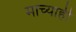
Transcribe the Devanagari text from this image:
माच्याही